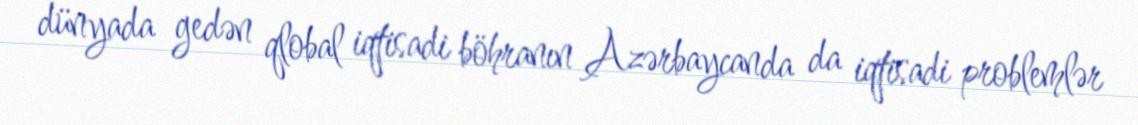
dünyada gedən qlobal iqtisadi böhranın Azərbaycanda da iqtisadi problemlər